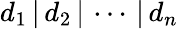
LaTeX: d_{1}\, |\, d_{2}\, |\, \cdots\, |\, d_{n}